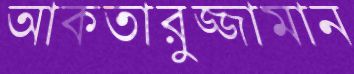
আকতারুজ্জামান